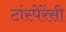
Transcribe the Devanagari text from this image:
टांस्पेरेंसी